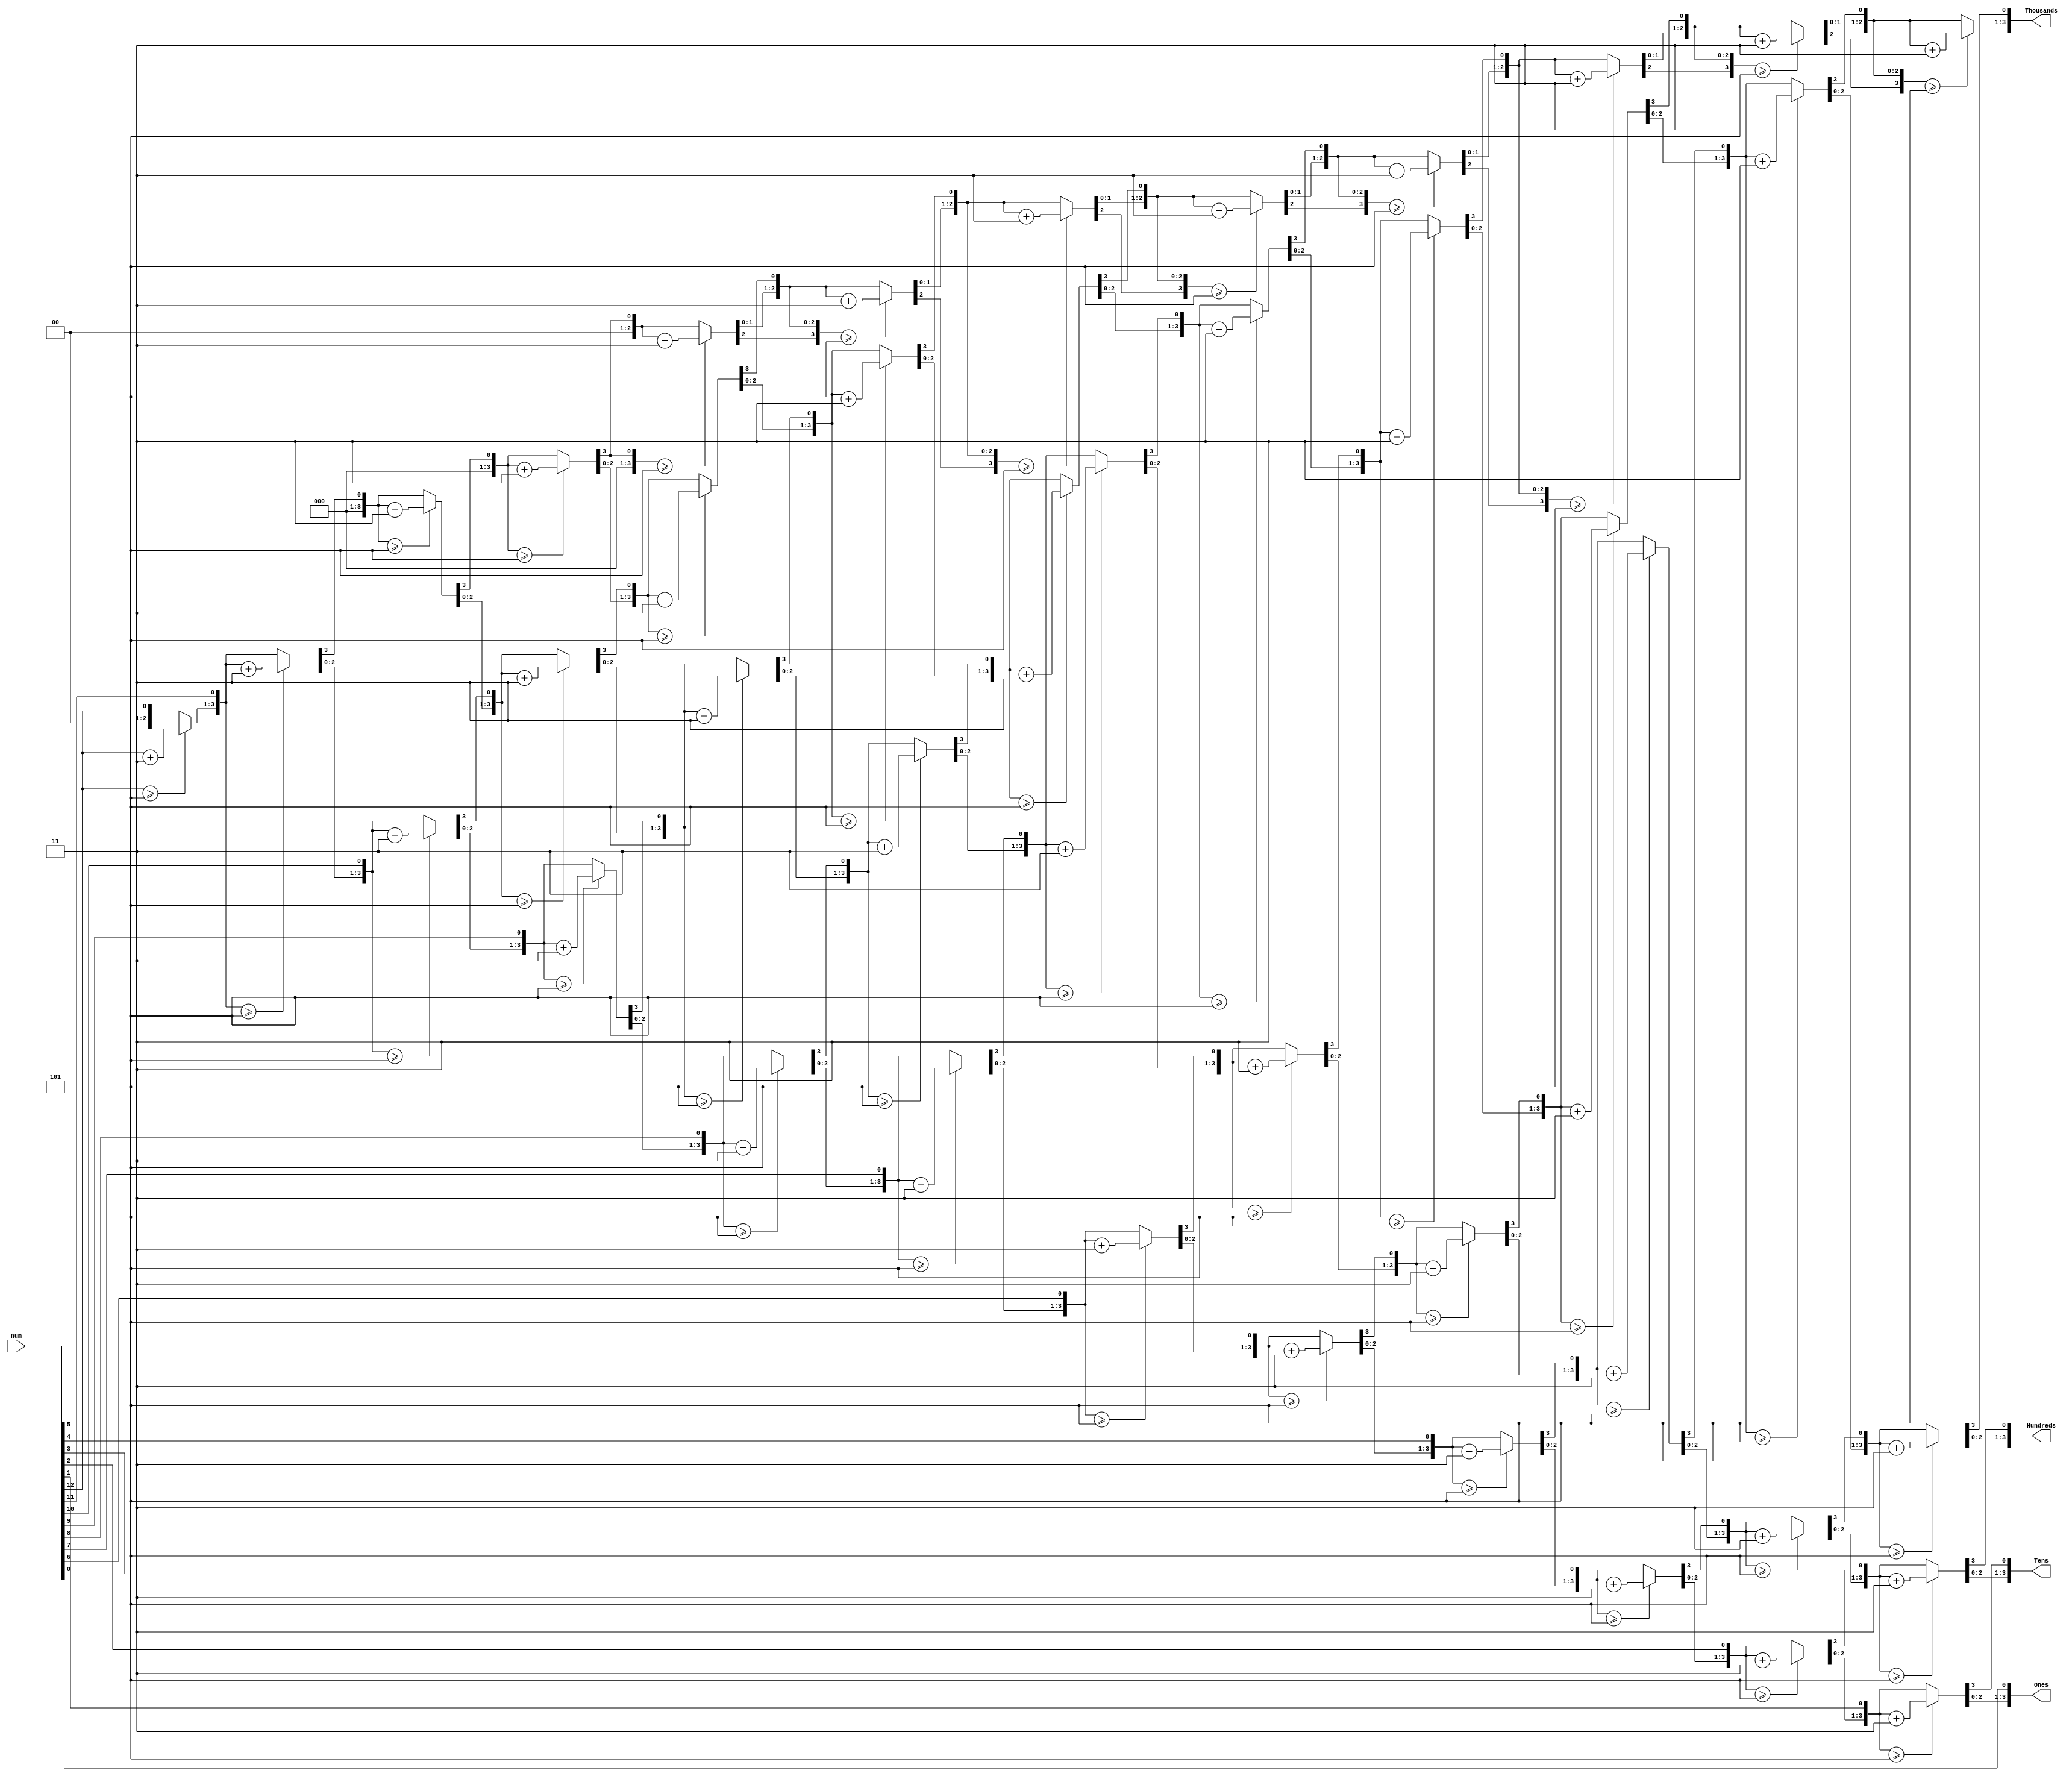
`timescale 1ns / 1ps
//////////////////////////////////////////////////////////////////////////////////
// Company: 
// Engineer: 
// 
// Design Name: 
// Module Name: BCD
// Project Name: 
// Target Devices: 
// Tool Versions: 
// Description: 
// 
// Dependencies: 
// 
// Revision:
// Revision 0.01 - File Created
// Additional Comments:
// 
//////////////////////////////////////////////////////////////////////////////////


module BCD (    input [12:0] num,
    output reg [3:0] Thousands,
    output reg [3:0] Hundreds,
    output reg [3:0] Tens,
    output reg [3:0] Ones
);
    integer i;
    always @(*)
    begin
        //initialization
        Thousands=4'd0;
        Hundreds = 4'd0;
        Tens = 4'd0;
        Ones = 4'd0;
        for (i = 12; i >= 0 ; i = i-1 ) begin
                if(Thousands >= 5 )
                    Thousands  = Thousands + 3;
                if(Hundreds >= 5 )
                    Hundreds = Hundreds + 3;
                if (Tens >= 5 )
                    Tens = Tens + 3;
                if (Ones >= 5)
                    Ones = Ones +3;
                    //shift left one
                Thousands = Thousands << 1;
                Thousands [0] = Hundreds [3];
                                    
                Hundreds = Hundreds << 1;
                Hundreds [0] = Tens [3];
                
                Tens = Tens << 1;
                Tens [0] = Ones[3];
                
                Ones = Ones << 1;
                Ones[0] = num[i];
           end
           end
    
endmodule